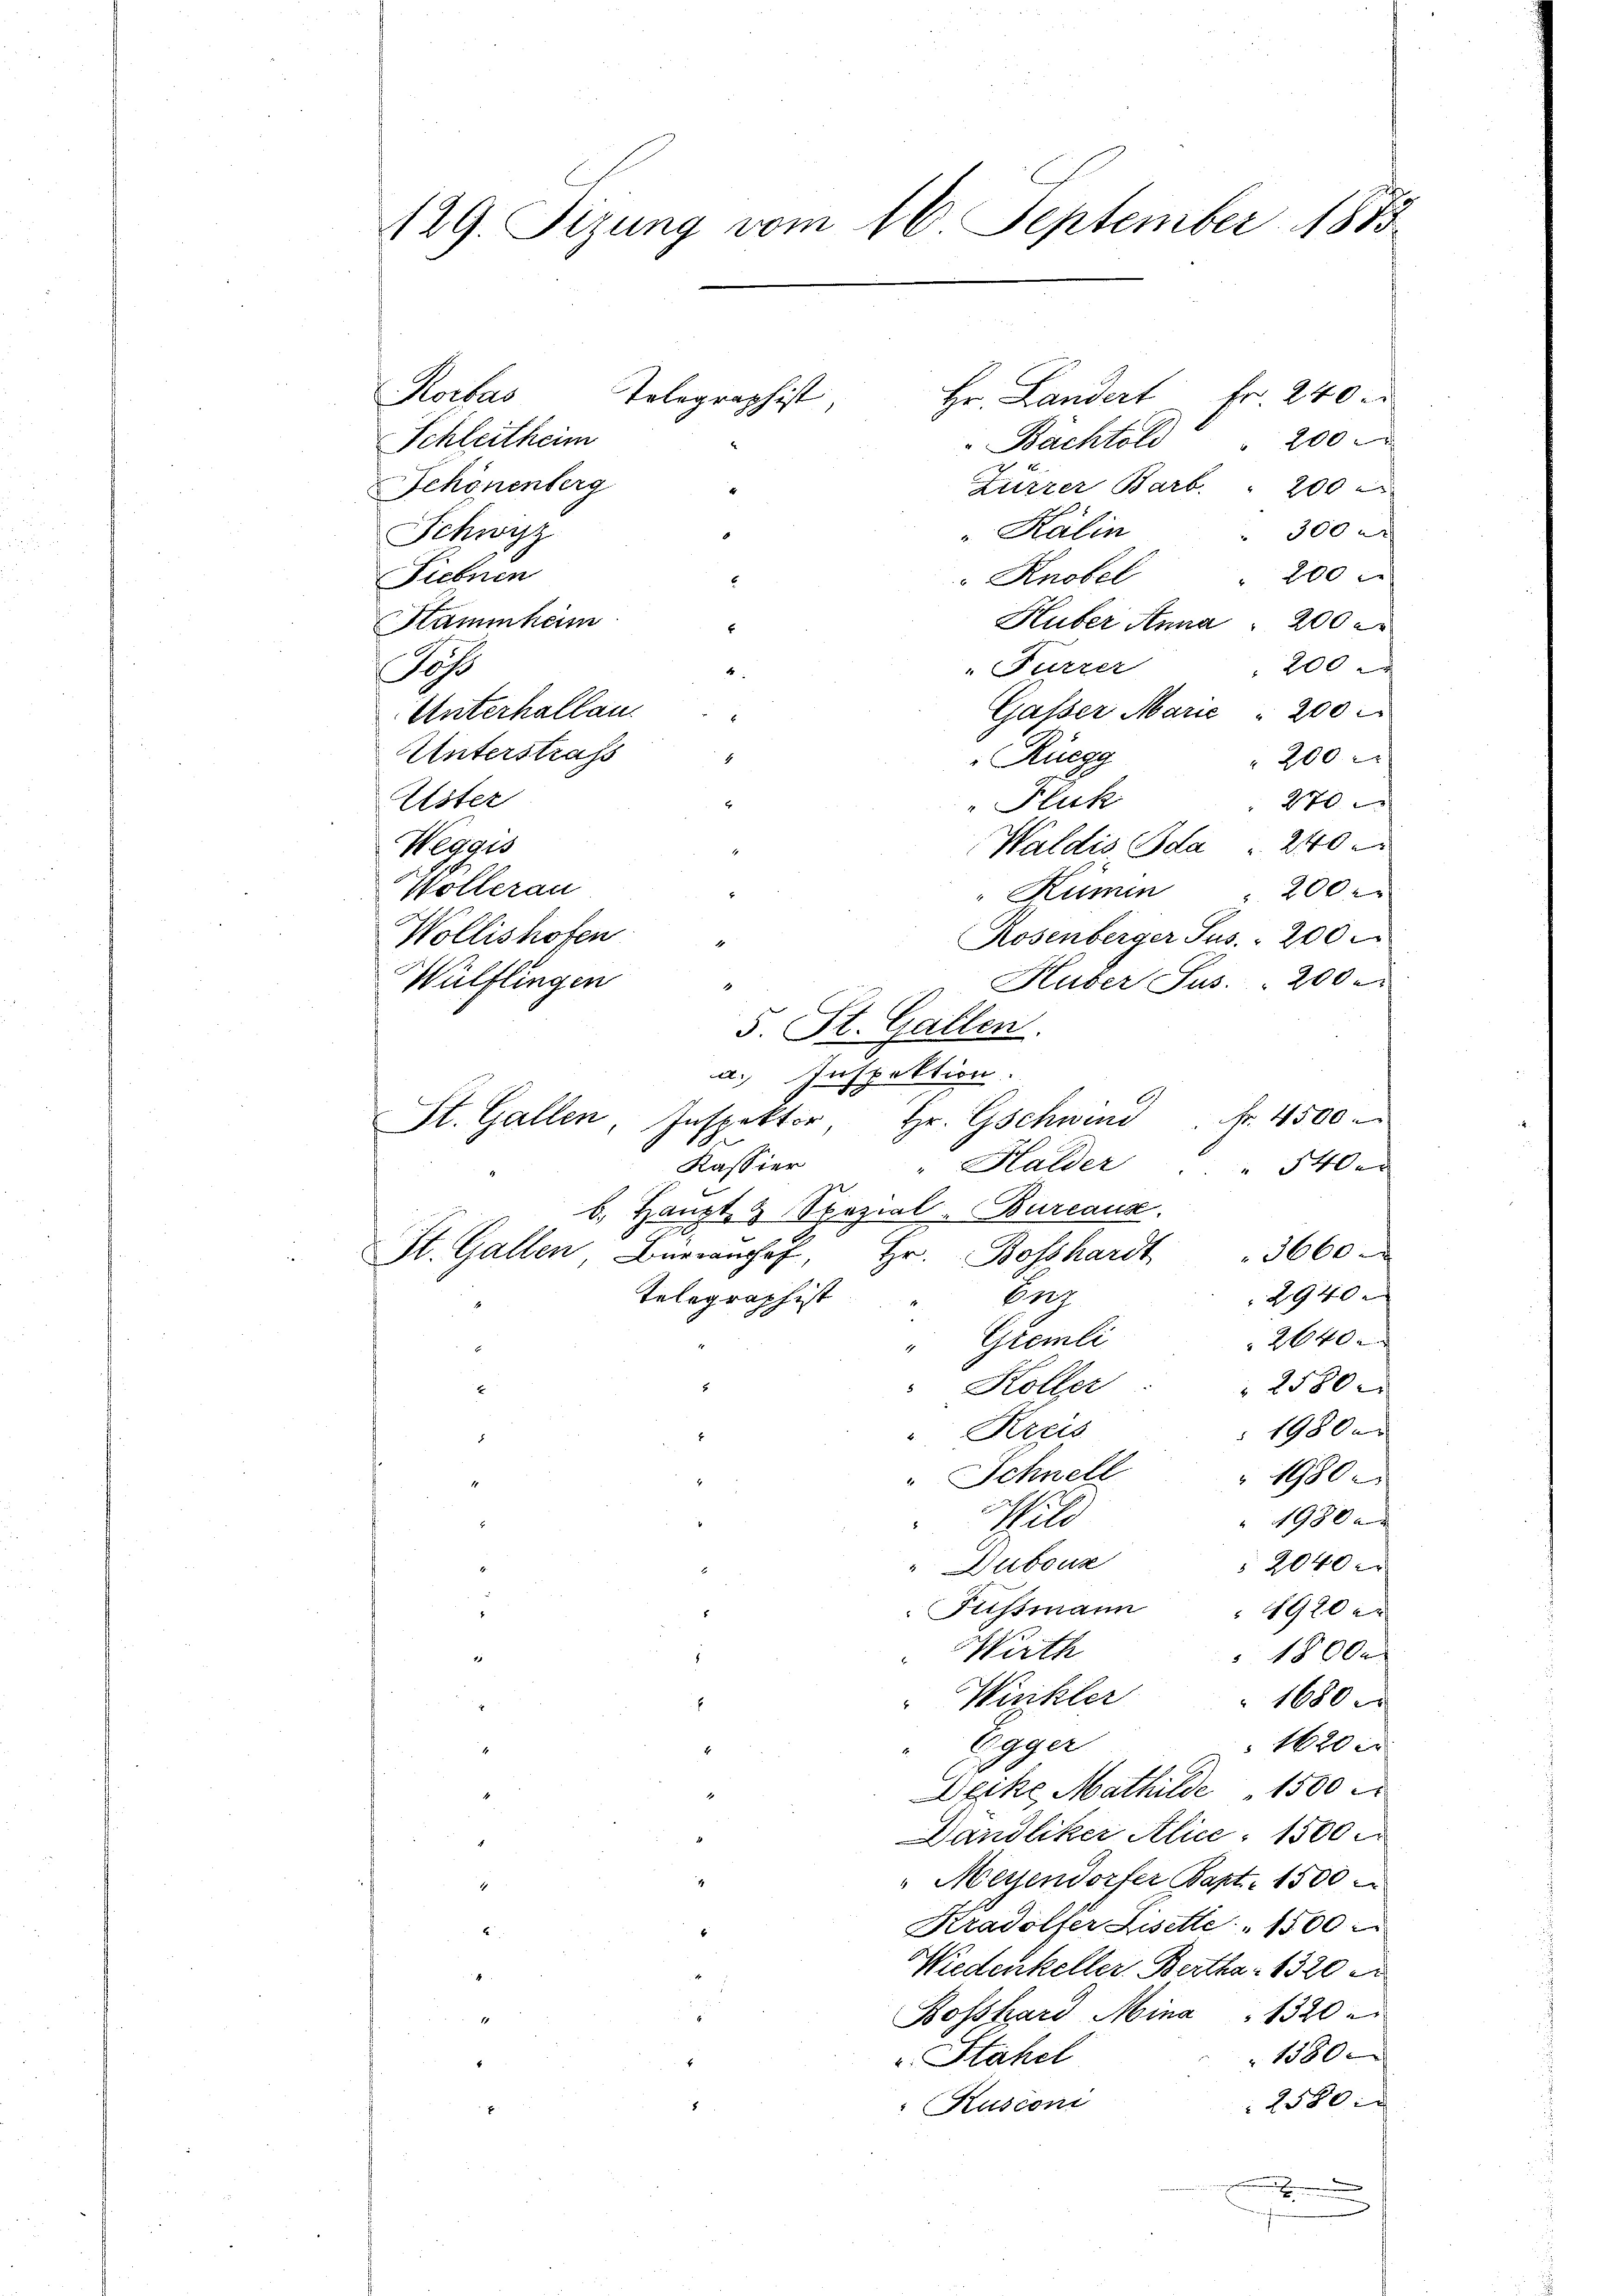
129. Sizung vom 16. September 1875

Rorbas
Hr. Landert Fr. 240.
200
Schleitheim
Bächtold
Schönenberg
Zürrer Barb. " 200
Kálin
300x
Schwyz
200 x
Siebnen
Knobel
Huber Anna 200
Stammheim
200
"Fürzer
Soh
4
Gasser Marie " 200
Unterhallan
Unterstrafs
4
Rüegg
200
Uster
"Fluk
" 270
Waldis Bda " 240
Weggis
Wollerau
" Kümin " 200 r.
Wollishofen
Rosenberger Jus. 200
Wülflingen
Huber Sus. 200
5. St. Gallen.
a. Inspektion.
2
Fr. 4500.
St. Gallen, Inspektor, Hr. Erschwind
Kassier
Halder
 1400
b. Haupt- & Spezial-Bureaus.
St. Gallen, Bürch, Hr. Bosshardt " 3660
29400
Telegraphist
Eing
2640 x
Gremli
2580x
 Koller
19800
" Kreis
5
Schnell
1980.
1980 x
Schill
Dubour
2040 x
 Fussmann  1920 er
Wirth
1800.
Winkler
.
1680
Eger
1620
6
Deike Mathilde " 1500
.
Dändliker Alice 1500
 Messendorfer Bapt. 1500
1
4
Kradolfer Liselle " 1500
4
Wiedenkeller Bertha 1320 e
Bosshard Mina   1320
E
1580
u. Stahel
2580.
Kusconi

Telegraphist